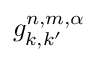
g _ { k , k ^ { \prime } } ^ { n , m , \alpha }